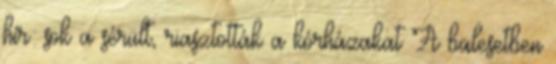
hír: sok a sérült, riasztották a kórházakat A balesetben